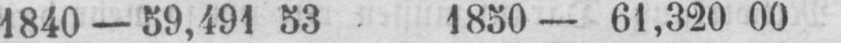
1840 - 59,491 53 1850 - 61,320 00